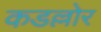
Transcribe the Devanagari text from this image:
कडल्लोर